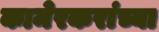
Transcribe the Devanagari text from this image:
कामेरकरांच्या